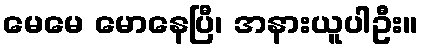
မေမေ မောနေပြီ၊ အနားယူပါဦး။